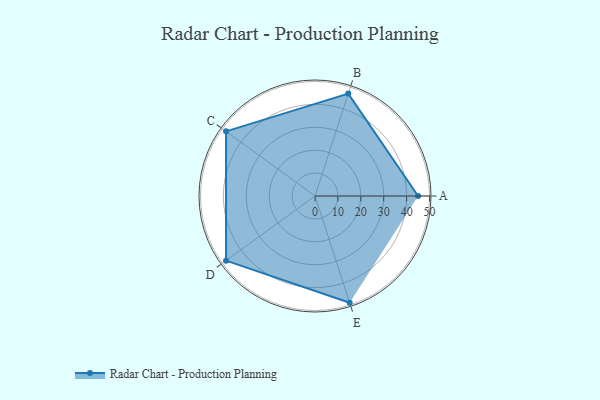
{"axis": {"x": "Skill", "y": "Score"}, "legend": ["Profile"], "data": [{"x": "A", "y": 45.0, "type": "Profile"}, {"x": "B", "y": 47.0, "type": "Profile"}, {"x": "C", "y": 48.0, "type": "Profile"}, {"x": "D", "y": 48.0, "type": "Profile"}, {"x": "E", "y": 49.0, "type": "Profile"}]}